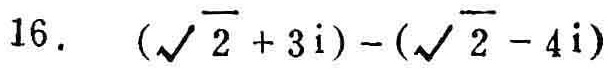
$16.\ (\sqrt{2}+3\text{i})-(\sqrt{2}-4\text{i})$